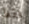
فقط